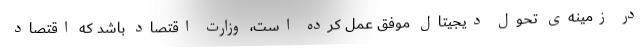
در زمینه‌ی تحول دیجیتال موفق عمل کرده است، وزارت اقتصاد باشد که اقتصاد